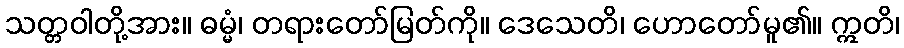
သတ္တဝါတို့အား။ ဓမ္မံ၊ တရားတော်မြတ်ကို။ ဒေသေတိ၊ ဟောတော်မူ၏။ ဣတိ၊